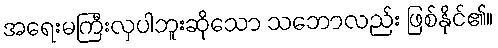
အရေးမကြီးလှပါဘူးဆိုသော သဘောလည်း ဖြစ်နိုင်၏။